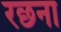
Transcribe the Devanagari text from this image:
रछना